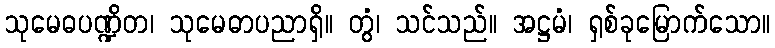
သုမေဓပဏ္ဍိတ၊ သုမေဓာပညာရှိ။ တွံ၊ သင်သည်။ အဋ္ဌမံ၊ ရှစ်ခုမြောက်သော။